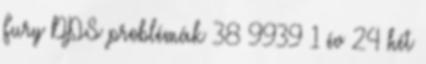
Fury DPS problémák 38 9939 1 év 24 hét